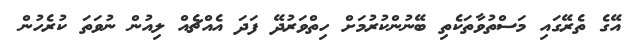
އޭގެ ތެރޭގައި މަސްތުވާތަކެތި ބޭނުންކުރުމަށް ހިތްވަރުދޭ ފަދަ އެއްޗެއް ލިއުން ނުވަތަ ކުރެހުން